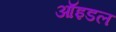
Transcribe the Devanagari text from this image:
ऑइडल